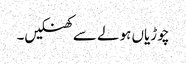
چوڑیاں ہولے سے کھنکیں۔